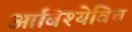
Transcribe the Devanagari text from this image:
आबिश्येविच